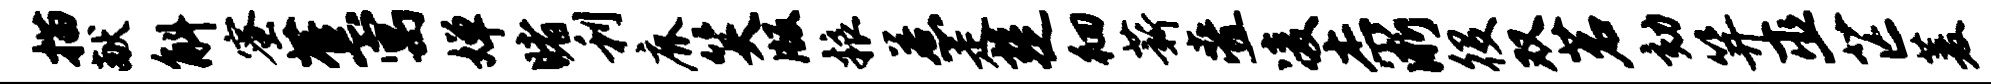
描献斛蜜蕉寓婵睹利鹿笑版粮惹走楚徊薪叠凌杰淅役双茗劾笄巫芒菱